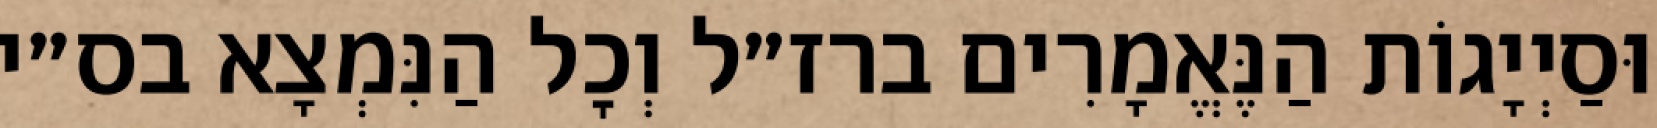
וּסַיְיָגוֹת הַנֶּאֱמָרִים ברז״ל וְכׇל הַנִּמְצָא בס״י